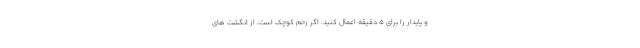
و پایدار را برای 5 دقیقه اعمال کنید. اگر زخم کوچک است، از انگشت های